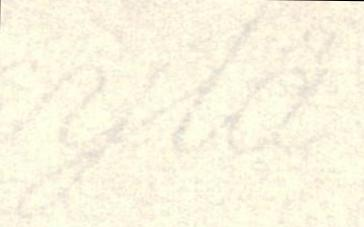
ylä